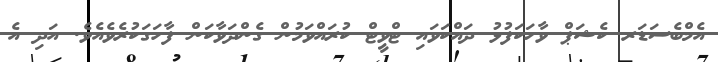
އެމްބެސަޑަރ ކެޝަޕް ވާހަކަފުޅު ދައްކަވައި ޓްވީޓް ކުރައްވަމުން ގެންދަވާކަން ފާހަގަކުރެވެއެވެ. އަދި އެ